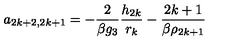
a _ { 2 k + 2 , 2 k + 1 } = - \frac { 2 } { \beta g _ { 3 } } \frac { h _ { 2 k } } { r _ { k } } - \frac { 2 k + 1 } { \beta \rho _ { 2 k + 1 } }